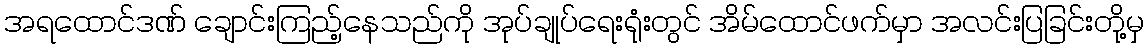
အရထောင်ဒဏ် ချောင်းကြည့်နေသည်ကို အုပ်ချုပ်ရေးရုံးတွင် အိမ်ထောင်ဖက်မှာ အလင်းပြခြင်းတို့မှ